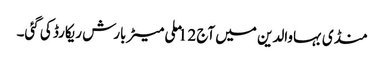
منڈی بہاوالدین میں آج 12 ملی میٹر بارش ریکارڈ کی گئی۔